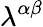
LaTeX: \lambda^{\alpha\beta}